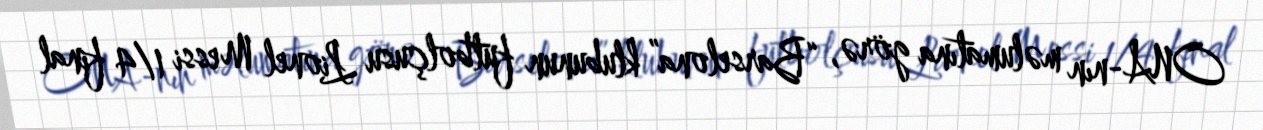
ONA-nın məlumatına görə, “Barselona” klubunun futbolçusu Lionel Messi 1/4 final